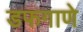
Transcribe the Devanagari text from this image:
डफगाणे